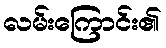
လမ်းကြောင်း၏